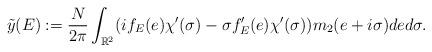
LaTeX: \begin{align*}\tilde{y}(E):=\frac{N}{2\pi}\int_{\mathbb{R}^2} (i f_E(e)\chi^{\prime}(\sigma)-\sigma f^{\prime}_E(e)\chi^{\prime}(\sigma))m_2(e+i\sigma)ded\sigma.\end{align*}